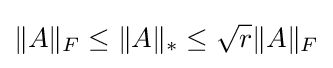
\|A\|_{F}\leq \|A\|_{*}\leq {\sqrt {r}}\|A\|_{F}